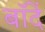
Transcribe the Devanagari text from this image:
बॉदें